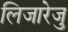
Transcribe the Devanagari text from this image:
लिजारेजु